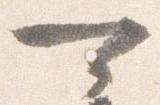
可